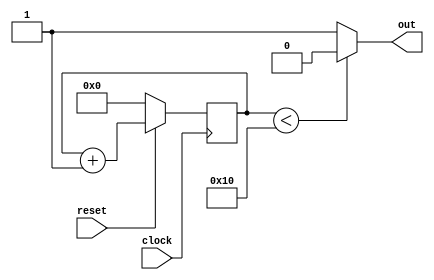
module frequency_divder_32_duty_cycle_50 (clock, reset, out);
  input clock, reset;
  output out;

  reg out;
  reg [4:0] diver;

  // 32 
  always @ (posedge clock) begin
    if (~reset || diver == 32) begin
      diver = 0;
    end else begin
      diver = diver + 1;
    end
  end

  // 
  always @ (diver) begin
    if (diver < 16) begin
      out = 0;
    end else begin
      out = 1;
    end
  end

endmodule // frequency_divder_32_duty_cycle_50